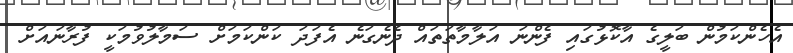
އެހެންކަމުން ބަލީގެ އާކޮޅުގައި ފެންނަ އަލާމާތަތައް ދެނެގަނެ އެފަދަ ކަންކަމަށް ސަމާލުވުމަކީ ފުރާނައަށް